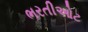
ભરતીઓટ